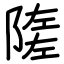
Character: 隓